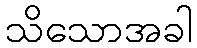
သိသောအခါ